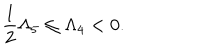
\frac { 1 } { 2 } \Lambda _ { 5 } \leq \Lambda _ { 4 } < 0 .